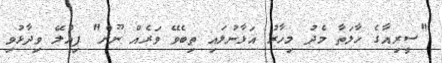
"ސީރިއާގެ ހާލަތާ މެދު މިހާރު އަޅާނުލައި ތިބެވޭ ވަރެއް ނޫން" ޕިއްލޭ ވިދާޅުވި